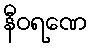
နီဝရဏေ